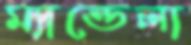
ম্যান্ডেলা